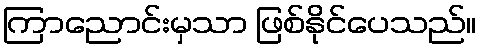
ကြာညောင်းမှသာ ဖြစ်နိုင်ပေသည်။